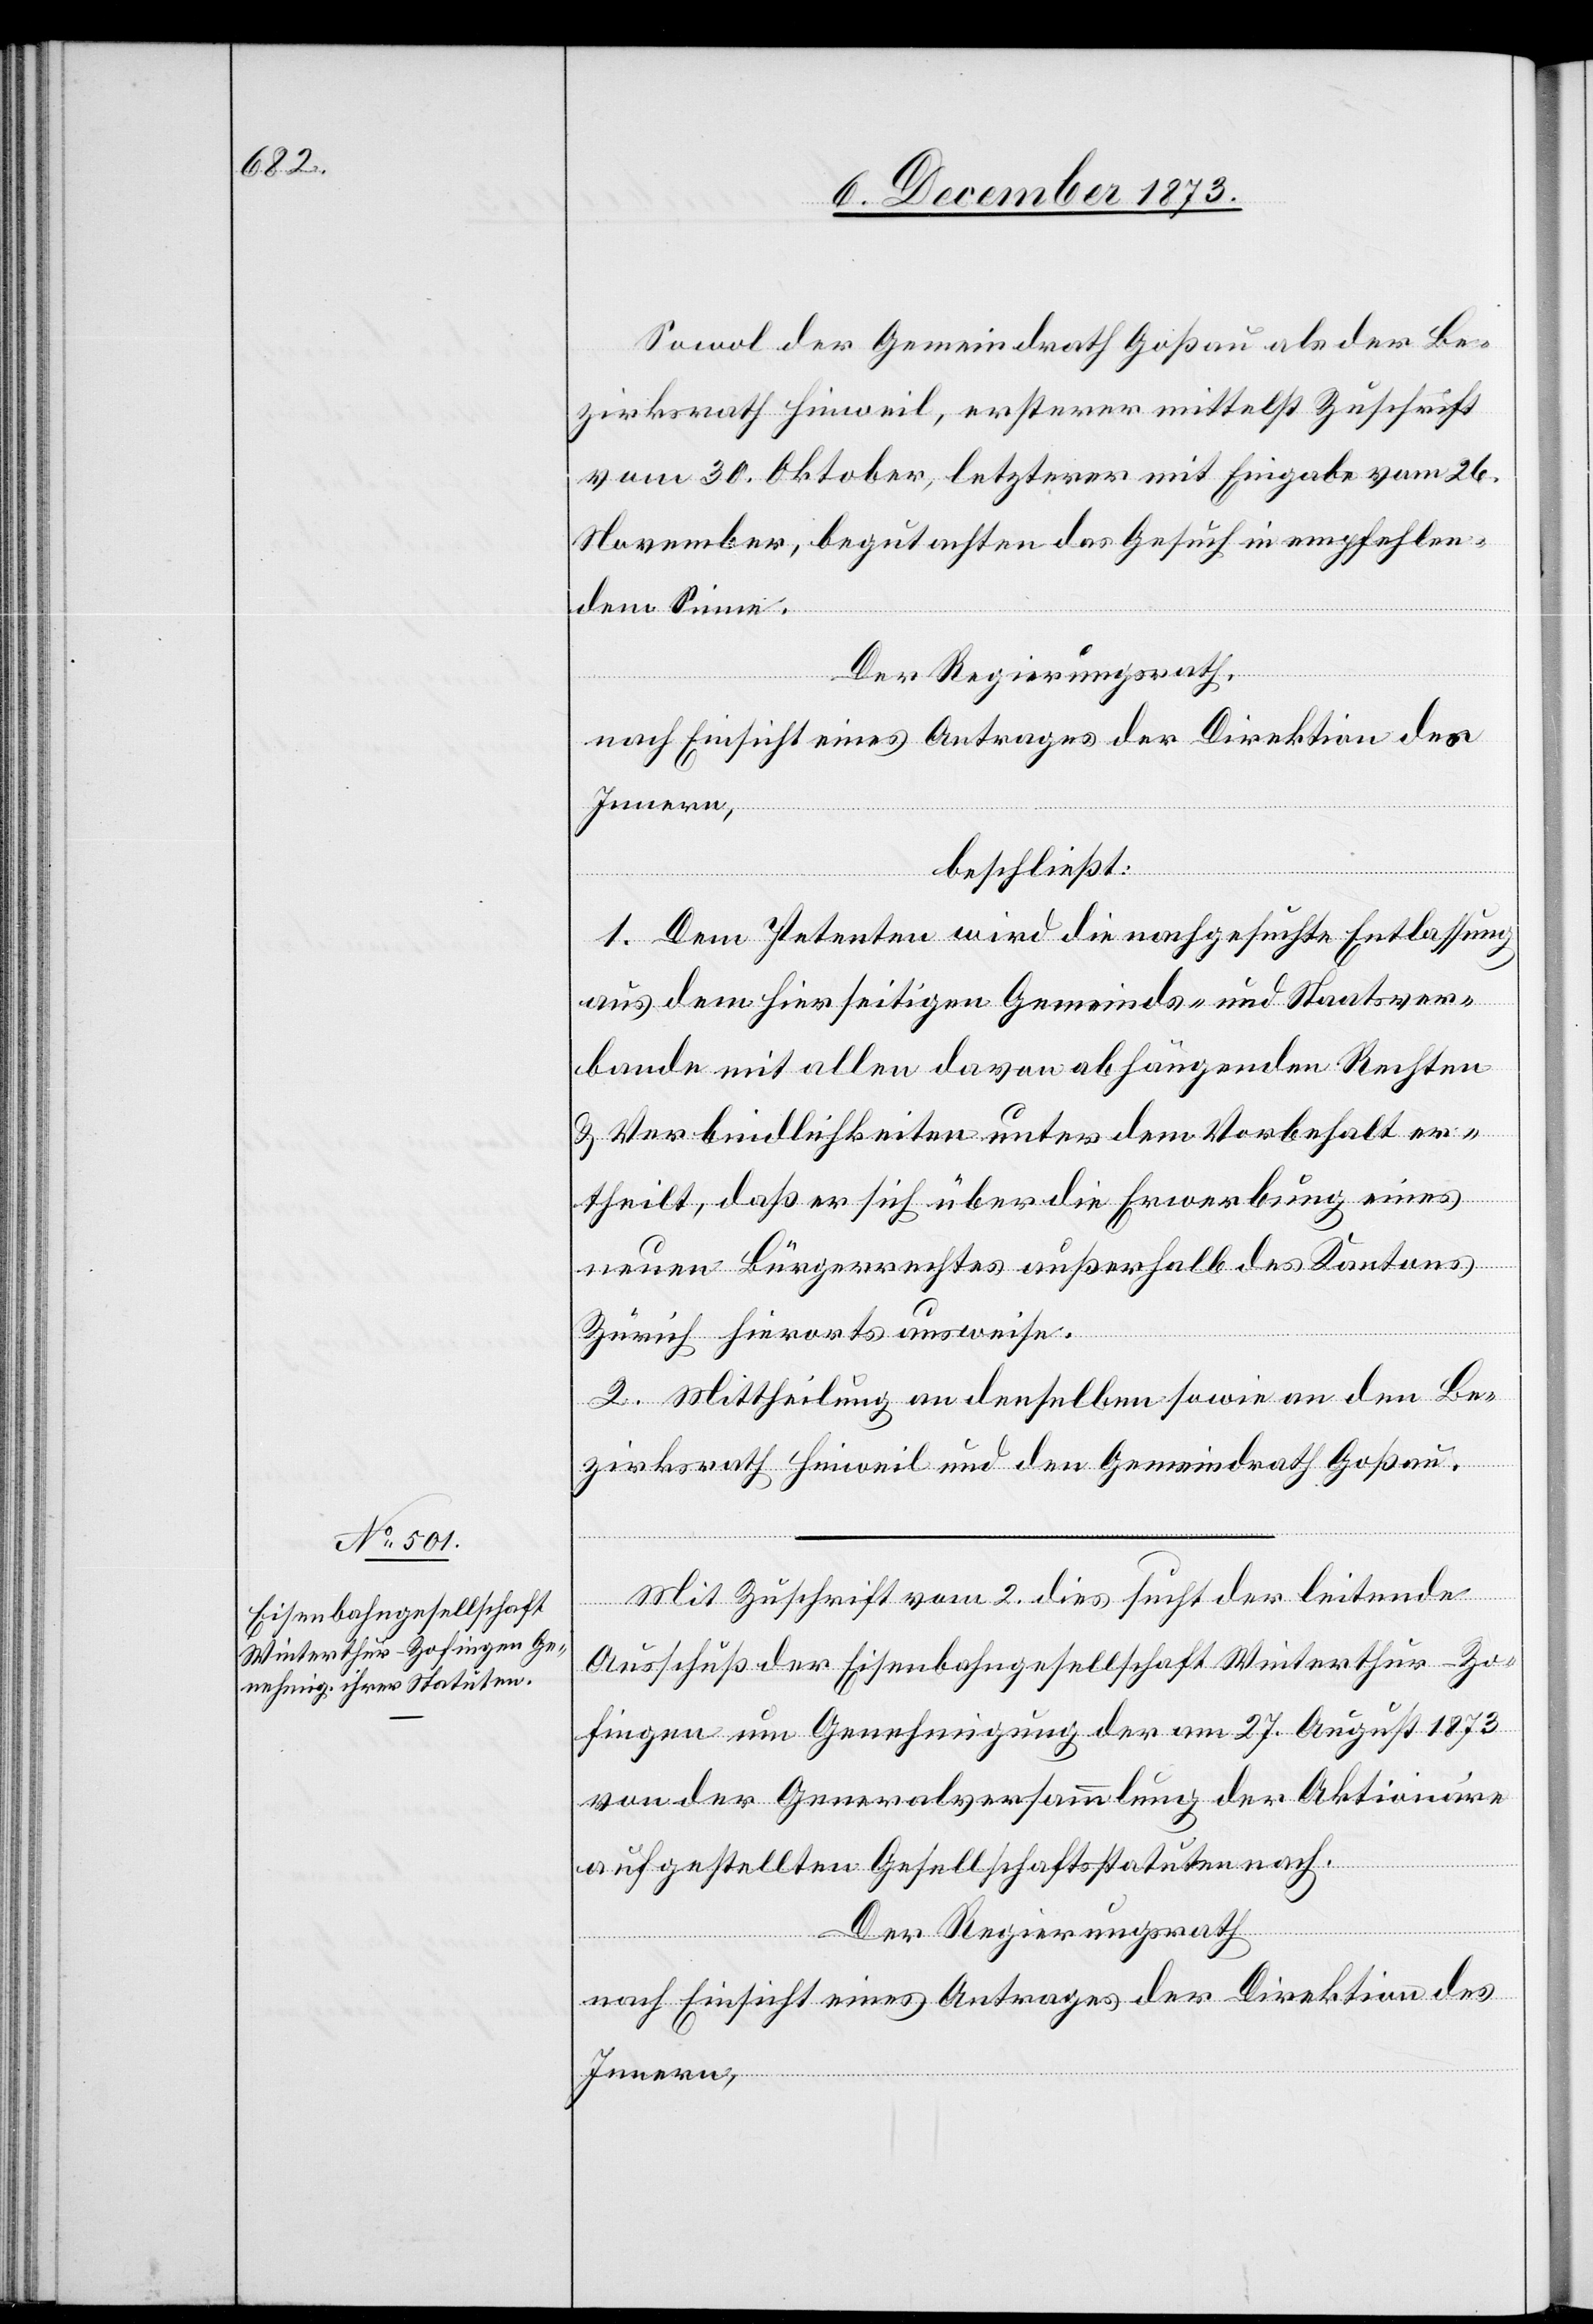
Sowol der Gemeindrath Goßau als der Be¬
zirksrath Hinweil, ersterer mittelst Zuschrift
vom 30. Oktober, letzterer mit Eingabe vom 26.
November, begutachten das Gesuch in empfehlen¬
dem Sinne.
Der Regierungsrath,
nach Einsicht eines Antrages der Direktion des
Innern,
beschließt:
1. Dem Petenten wird die nachgesuchte Entlassung
aus dem hierseitigen Gemeinds- und Staatsver¬
bande mit allen davon abhängenden Rechten
& Verbindlichkeiten unter dem Vorbehalt er¬
theilt, daß er sich über die Erwerbung eines
neuen Bürgerrechtes außerhalb des Kantons
Zürich hierorts ausweise.
2. Mittheilung an denselben sowie an den Be¬
zirksrath Hinweil und den Gemeindrath Goßau.
Mit Zuschrift vom 2. dies sucht der leitende
Ausschuß der Eisenbahngesellschaft Winterthur–Zo¬
fingen um Genehmigung der am 27. August 1873
von der Generalversammlung der Aktionäre
aufgestellten Gesellschaftsstatuten nach.
Der Regierungsrath
nach Einsicht eines Antrages der Direktion des